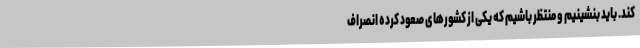
کند. باید بنشینیم و منتظر باشیم که یکی از کشورهای صعود کرده انصراف